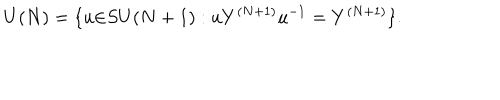
U ( N ) = \{ u { \in } S U ( N + 1 ) : u Y ^ { ( N + 1 ) } u ^ { - 1 } = Y ^ { ( N + 1 ) } \} .